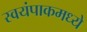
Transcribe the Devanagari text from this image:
स्वयंपाकमध्ये